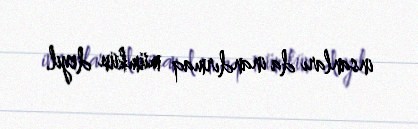
insanları da inandırmaq mümkün deyil.